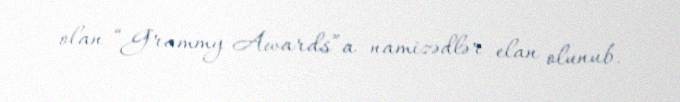
olan “Grammy Awards”a namizədlər elan olunub.